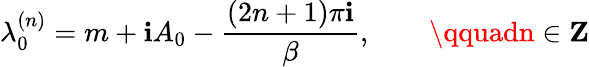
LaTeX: \lambda_{0}^{(n)}=m+\mathbf{i}A_{0}-\frac{{(2n+1)\pi\mathbf{i}}}{{\beta}},\qquad\qquadn\in{\mathbf{Z}}